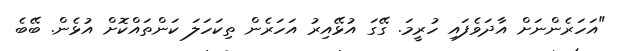
"އަހަރެންނަށް އާދަވެފައި ހުރީމަ. ގޭގަ އުޅޭއިރު އަހަރެން ތިކަހަލަ ކަންތައްކޮށް އުޅެން. ބޭބެ